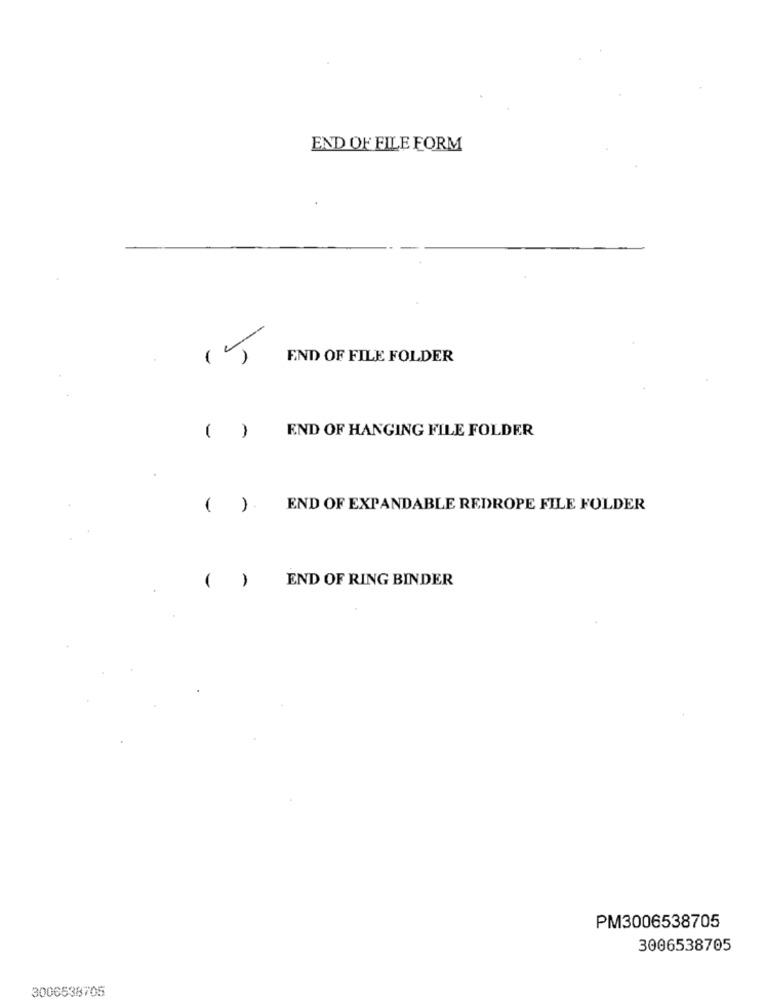
END OF FILE FORM
15
END OF FILE FOLDER
END OF HANGING FILE FOLDER
( )
()
END OF EXPANDABLE REDROPE FILE FOLDER
( )
END OF RING BINDER
PM3006538705
3006538705
3006538705